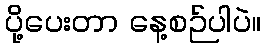
ပို့ပေးတာ နေ့စဉ်ပါပဲ။